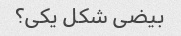
بیضی شکل یکی؟